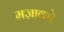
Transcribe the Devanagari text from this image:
मज़ाकरे